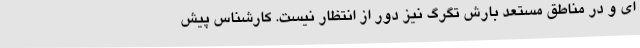
ای و در مناطق مستعد بارش تگرگ نیز دور از انتظار نیست. کارشناس پیش